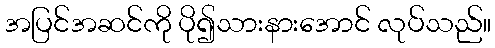
အပြင်အဆင်ကို ပို၍သားနားအောင် လုပ်သည်။